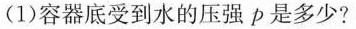
(1)容器底受到水的压强p是多少?